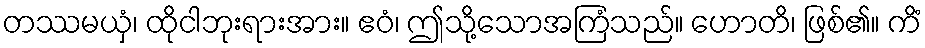
တဿမယှံ၊ ထိုငါဘုးရားအား။ ဧဝံ၊ ဤသို့သောအကြံသည်။ ဟောတိ၊ ဖြစ်၏။ ကိံ